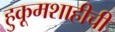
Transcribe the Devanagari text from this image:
हुकूमशाहीची